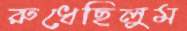
রুধেছিলুম